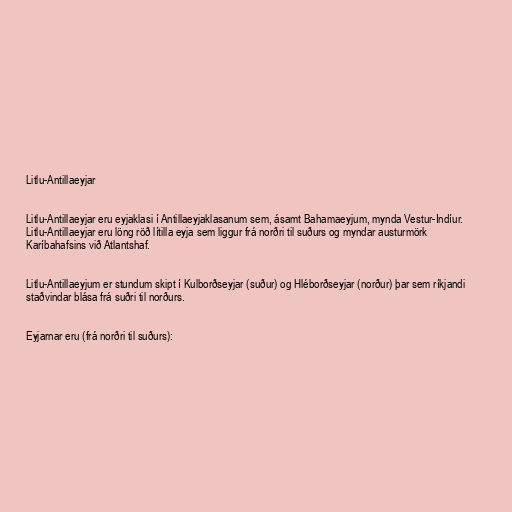
Litlu-Antillaeyjar

Litlu-Antillaeyjar eru eyjaklasi í Antillaeyjaklasanum sem, ásamt Bahamaeyjum, mynda Vestur-Indíur.
Litlu-Antillaeyjar eru löng röð lítilla eyja sem liggur frá norðri til suðurs og myndar austurmörk
Karíbahafsins við Atlantshaf.

Litlu-Antillaeyjum er stundum skipt í Kulborðseyjar (suður) og Hléborðseyjar (norður) þar sem ríkjandi
staðvindar blása frá suðri til norðurs.

Eyjarnar eru (frá norðri til suðurs):